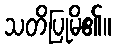
သတိပြုမိ၏။